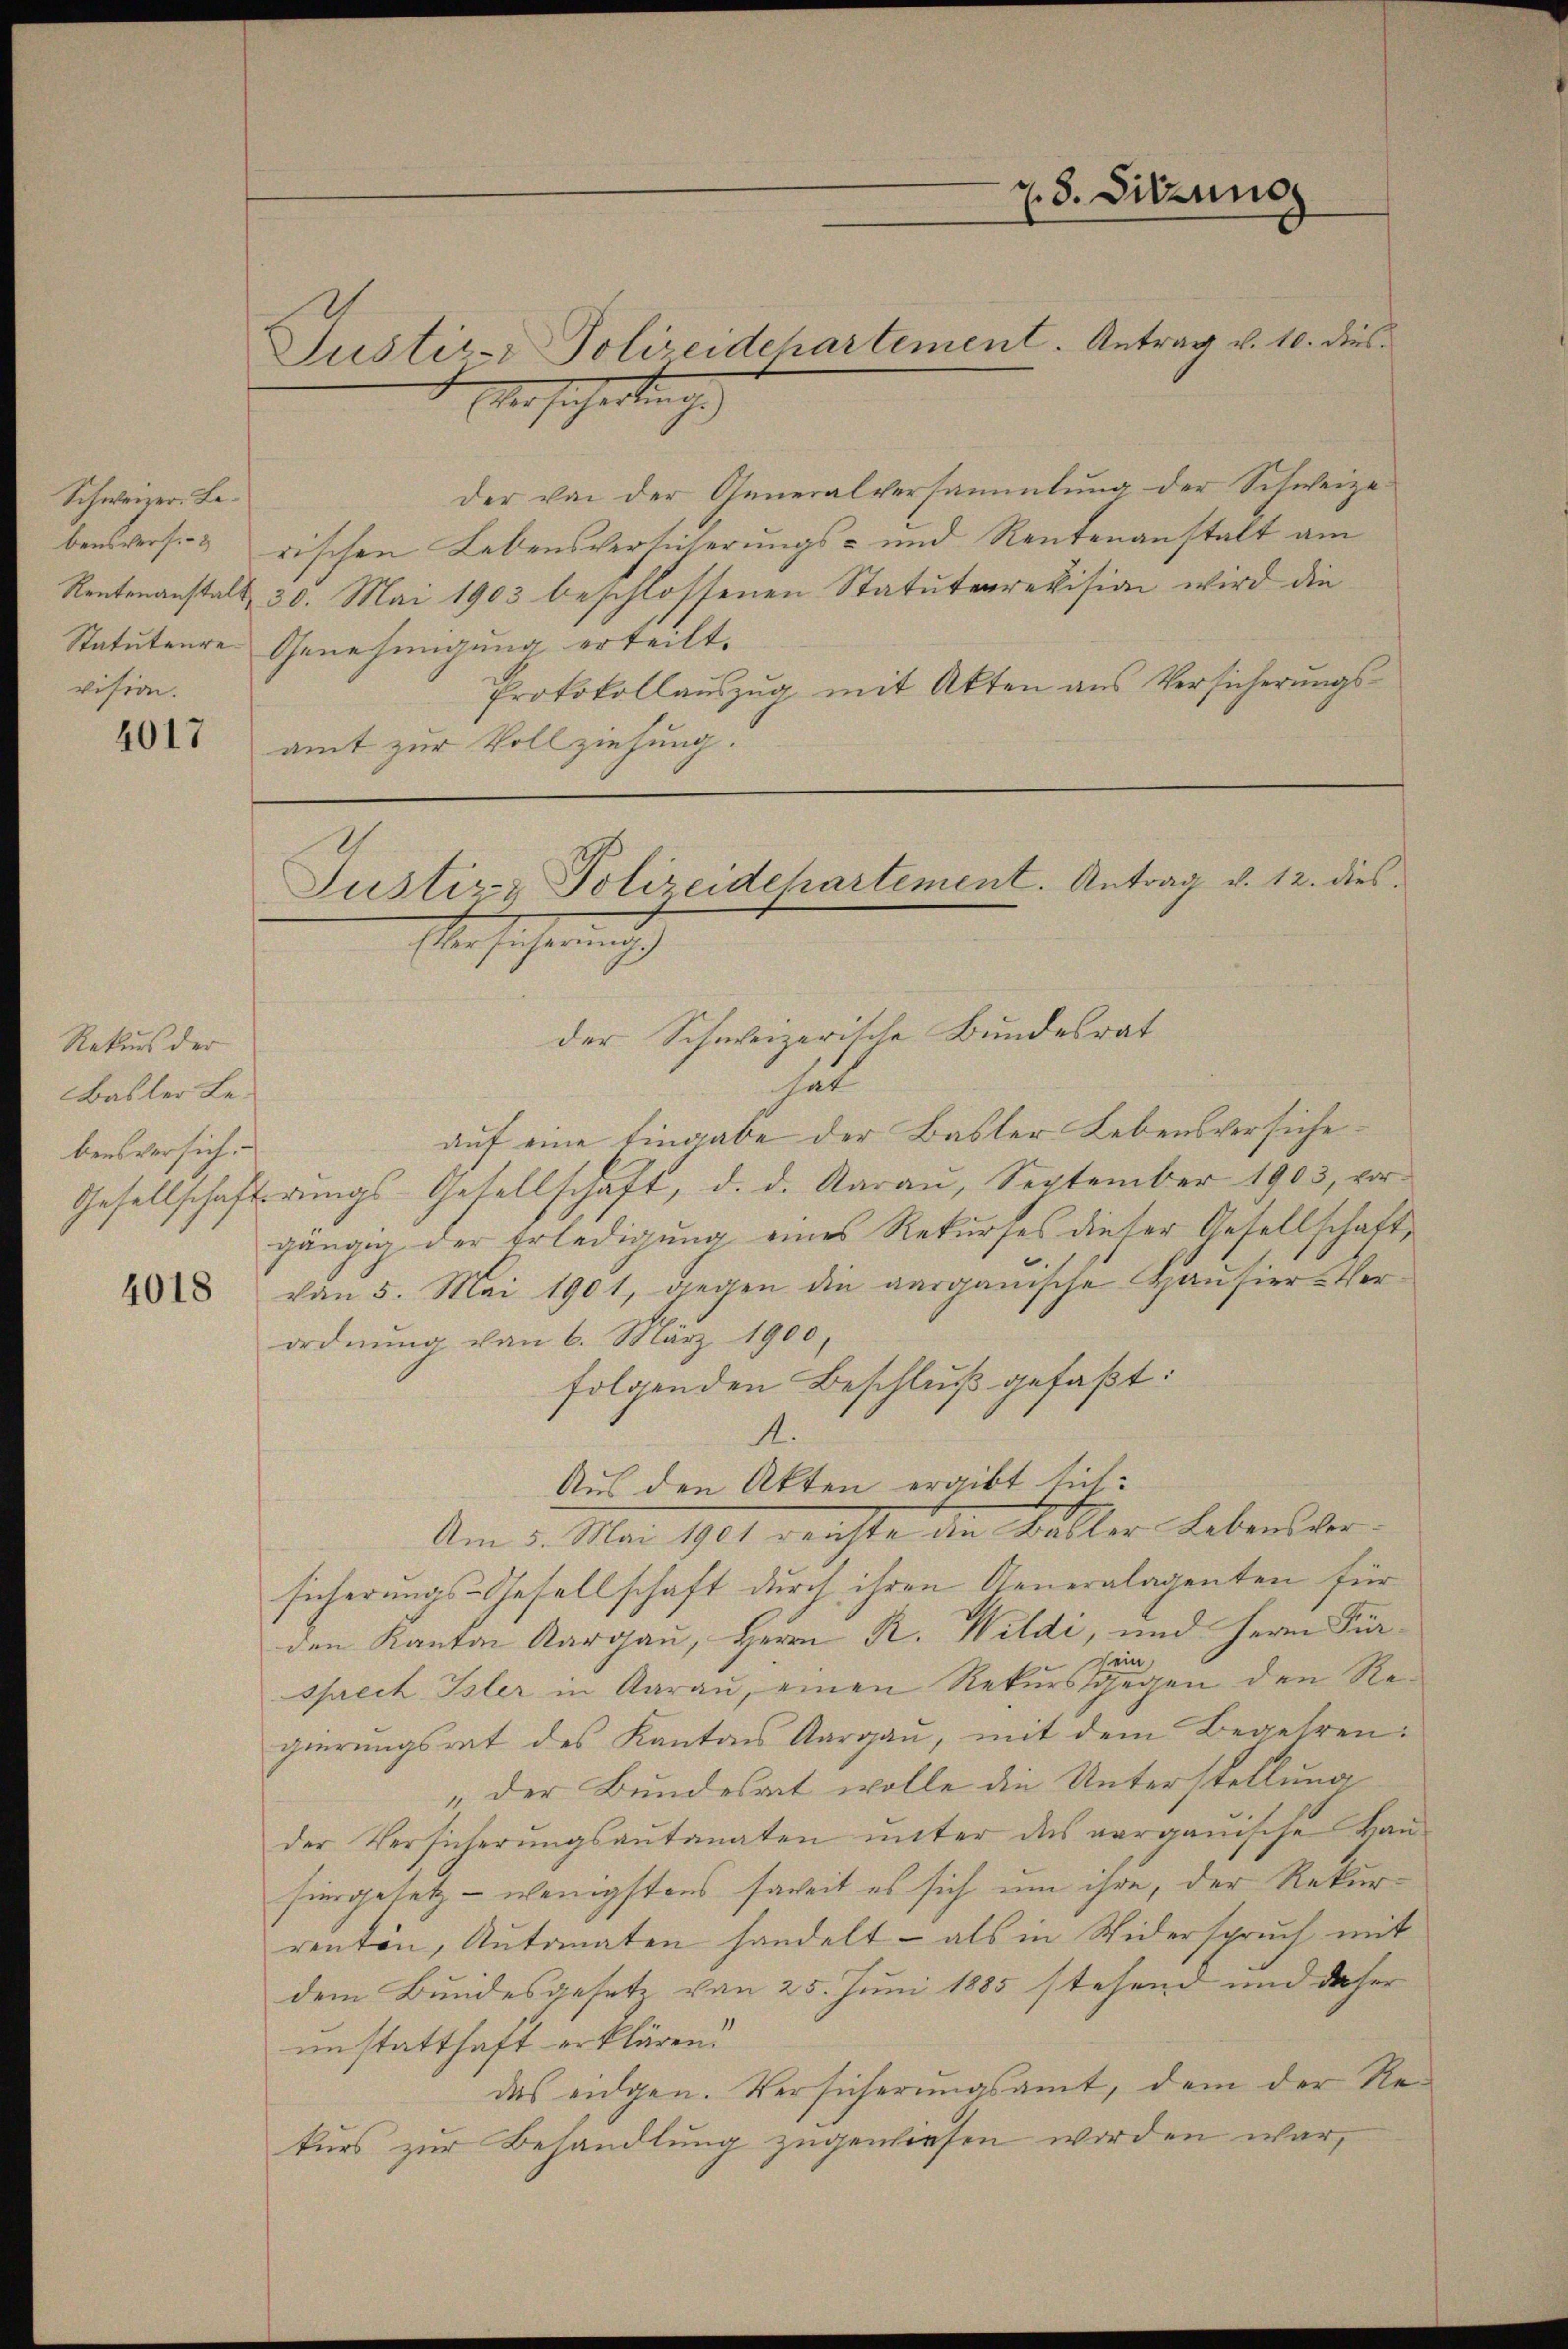
Schweizer. Levision.

4017

Rekurs der
Basler Lebensversich.

4018

Justiz- & Polizeidchartement. Antrag v. 10. dies¬

z. 8. Sitzung

Aber sicherten ge
der von der Generalversammlung der Schweize
bensvers. & rischen Lebensversicherungs- und Rentenanstalt am
Rentenanstalt 30. Mai 1903 beschlossenen Statuterrevision wird die
Statuteure Genehmigung erteilt.
Protokollauszug mit Akten aus Versicherŭngs-
amt zur Vollziehung.

Justiz & Polizeidepartement. Antrag v. 12. dies
er sicher nich

hat
auf eine Eingabe der Baster Lebensversiche¬
Gesellschafterungs-Gesellschaft, d. d. Aarau, September 1903, vor
gängig der Erledigung eines Rekurses dieser Gesellschaft,
von 5. Mai 1901, gegen die aargauische Hausier-Verordnung von 6. März 1900,
folgenden Beschluß gefaßt:
A.
Aus den Akten ergibt sich:
Am 5. Mai 1901 nachte die Füller Lebenlder.
sicherungs-Gesellschaft durch ihren Generalagenten für
den Kanton Aargau, Herrn R. Wildi, und Herrn Fürsprech Isler in Aarau, einen Rekurs gegen den Regierungsrat des Kantons Aargau, mit dem Begehren:
„der Bundesrat wolle die Unterstellung
der Versicherŭngsantanaten ŭnter des aargauische Ha
hingesetz - wenigstens soweit es sich um ihre, der Rekurrenten, Automaten handelt - als in Widerspruch mit
dem Bundesgesetz von 25. Juni 1885 stehend und daher
unstatthaft erklären.
das eidgen. Versicherungsamt, dem der Re
kurs zur Behandlung zugewiesen worden war,

der Schweizerische Bundesrat

2
uf
1
b